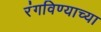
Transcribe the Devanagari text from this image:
रंगविण्याच्या